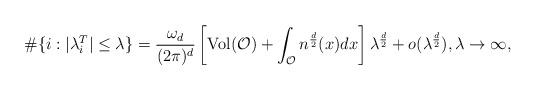
LaTeX: \begin{align*}\#\{i:|\lambda^T_i| \leq \lambda\} = \frac{\omega_d}{(2\pi)^d} \left [\operatorname{Vol}(\mathcal O) + \int_{\mathcal O} n^{\frac d 2}(x) dx \right ] \lambda^{\frac{d}{2}}+ o(\lambda^{\frac d 2}), \lambda \rightarrow \infty,\end{align*}